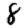
Digit: 8